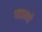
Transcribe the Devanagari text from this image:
पाइनचे